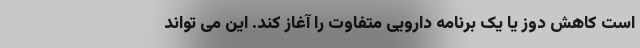
است کاهش دوز یا یک برنامه دارویی متفاوت را آغاز کند. این می تواند